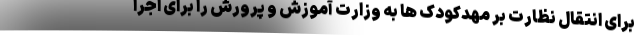
برای انتقال نظارت بر مهدکودک ها به وزارت آموزش و پرورش را برای اجرا